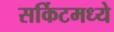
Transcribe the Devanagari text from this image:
सर्किटमध्ये